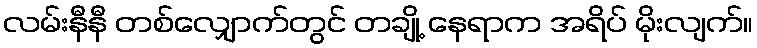
လမ်းနီနီ တစ်လျှောက်တွင် တချို့ နေရာက အရိပ် မိုးလျက်။